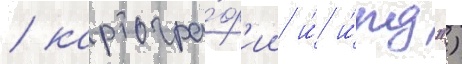
/ картогра́ф'ии и́ и́пд")